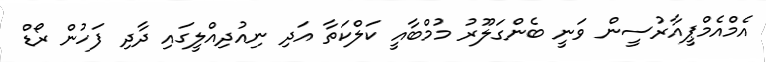
އެމްއެމްޕީއާރުސީން ވަނީ ބެންގަލޫރު މުމްބާއީ ކަލްކަތާ އަދި ނިއުދިއްލީގައި ދާދި ފަހުން ރޯޑް